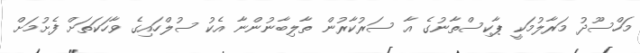
މަހްސޫދު މަރާލުމަކީ ޕާކިސްތާނުގެ އާ ސަރުކާރުން ތާލިބާނުންނާ އެކު ސުލްހައިގެ ވާހަކަތަށް ފެށުމަށް